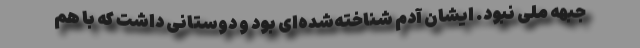
جبهه ملی نبود. ایشان آدم شناخته‌شده‌ای بود و دوستانی داشت كه با هم